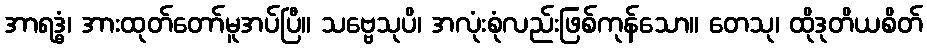
အာရဒ္ဓံ၊ အားထုတ်တော်မူအပ်ပြီ။ သဗ္ဗေသုပိ၊ အလုံးစုံလည်းဖြစ်ကုန်သော။ တေသု၊ ထိုဒုတိယစိတ်